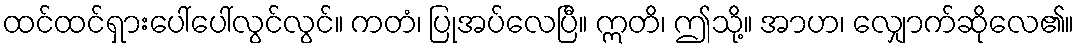
ထင်ထင်ရှားပေါ်ပေါ်လွင်လွင်။ ကတံ၊ ပြုအပ်လေပြီ။ ဣတိ၊ ဤသို့။ အာဟ၊ လျှောက်ဆိုလေ၏။